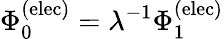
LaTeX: \Phi_{0}^{\mathrm{(elec)}}=\lambda^{-1}\Phi_{1}^{\mathrm{(elec)}}